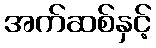
အက်ဆစ်နှင့်